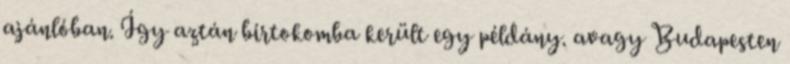
ajánlóban. Így aztán birtokomba került egy példány. avagy Budapesten